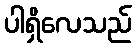
ပါရှိလေသည်